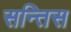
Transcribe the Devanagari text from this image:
सन्तिस